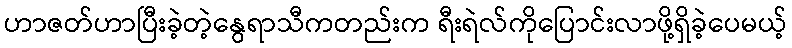
ဟာဇတ်ဟာပြီးခဲ့တဲ့နွေရာသီကတည်းက ရီးရဲလ်ကိုပြောင်းလာဖို့ရှိခဲ့ပေမယ့်